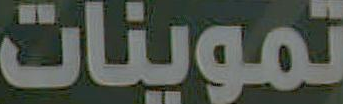
تموينات